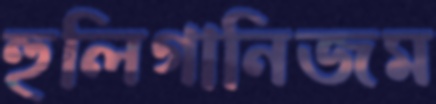
হুলিগানিজম